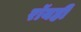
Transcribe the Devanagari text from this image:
रॉयही